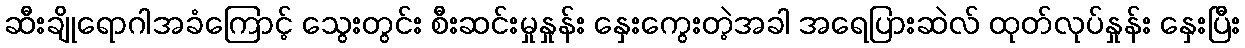
ဆီးချိုရောဂါအခံကြောင့် သွေးတွင်း စီးဆင်းမှုနှုန်း နှေးကွေးတဲ့အခါ အရေပြားဆဲလ် ထုတ်လုပ်နှုန်း နှေးပြီး